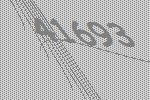
41693